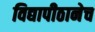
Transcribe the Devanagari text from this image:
विद्यापीठानेच